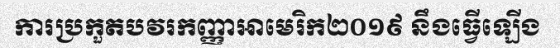
ការប្រកួតបវរកញ្ញាអាមេរិក២០១៩ នឹងធ្វើឡើង